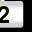
Digit: 2